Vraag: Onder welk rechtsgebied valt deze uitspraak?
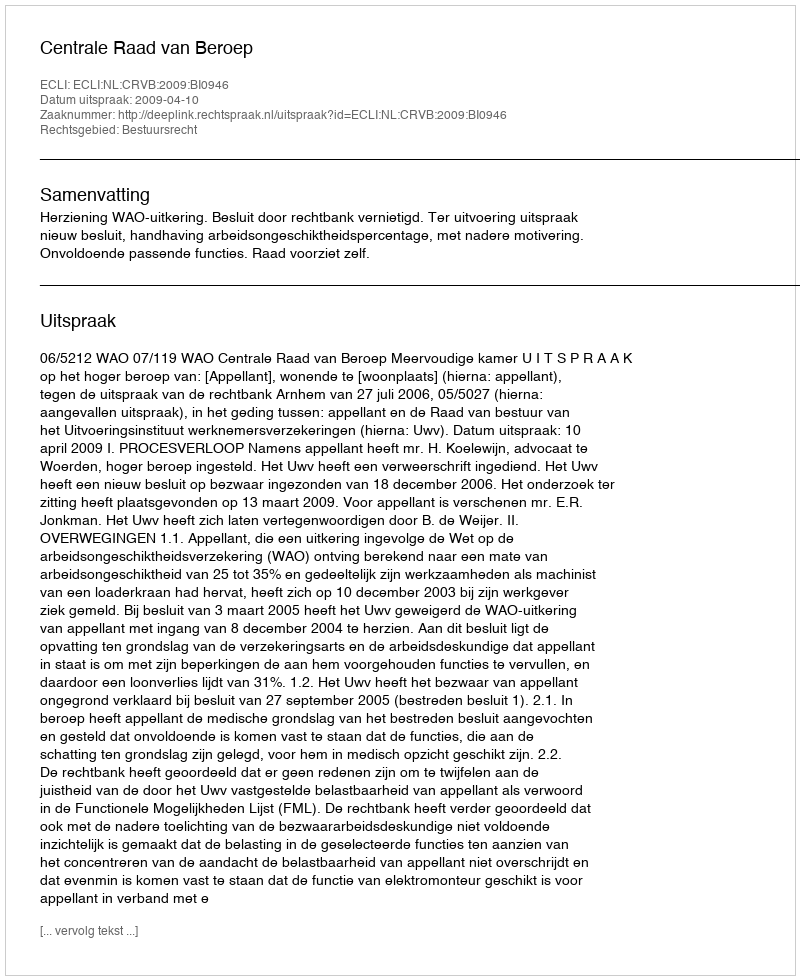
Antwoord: Bestuursrecht